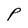
Character: P